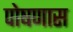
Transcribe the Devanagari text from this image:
पोषणास